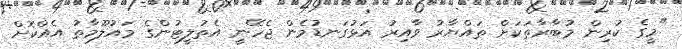
"މީގެ ކުރިން މުބާރާތަކަށް ތައްޔާރު ވާއިރު އަޅުގަނޑުމެން ޖެހޭނީ އެތުލީޓުންގެ މައުލޫމާތު އެއްކޮށް